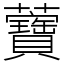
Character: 𧅤